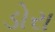
ડોરા